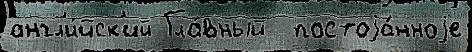
англ'и́йск'ий Гла́вный  постоjа́нноjе